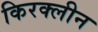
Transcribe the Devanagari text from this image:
किरक्लीन